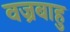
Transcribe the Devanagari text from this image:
वज्रबाहु